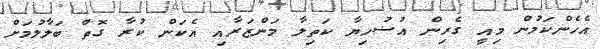
އެހެންކަމުން މިއީ ގެރިން އުޟުހިޔާ ކަތިލާ މަންޒަރާއި އެކަން ކުރާ ގޮތް ބަލާލުމަށް